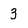
Character: 3